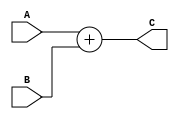
/******************************/
/**********Adder moule********/
/*****************************/
module simple_Adder(input [31:0] A,
input [31:0] B,
output [31:0] C);

assign C= A+B;

endmodule